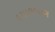
દયાલબાગ